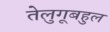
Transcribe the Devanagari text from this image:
तेलुगूबहुल